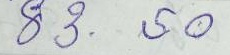
83 - 50